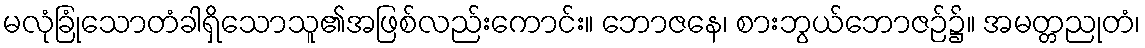
မလုံခြုံသောတံခါရှိသောသူ၏အဖြစ်လည်းကောင်း။ ဘောဇနေ၊ စားဘွယ်ဘောဇဉ်၌။ အမတ္တညုတံ၊